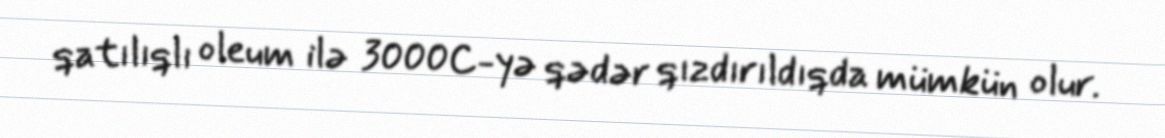
qatılıqlı oleum ilə 3000C-yə qədər qızdırıldıqda mümkün olur.